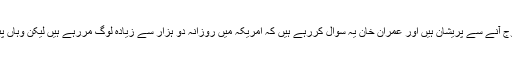
ماہرین پاکستان میں اس وبا کا عروج آنے سے پریشان ہیں اور عمران خان یہ سوال کررہے ہیں کہ امریکہ میں روزانہ دو ہزار سے زیادہ لوگ مررہے ہیں لیکن وہاں پبلک ٹرانسپورٹ کھولی جارہی ہے۔